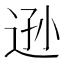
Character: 逊